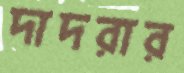
দাদরার